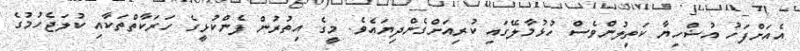
އެއަށްފަހު އުޟްހިޔާ ކަތިލުންވެސް ހުޅުމާލޭގައި ކުރިއަށްގެންދިޔައެވެ. މީގެ އިތުރުން ފެންކުޅީގެ ހަރަކާތްތަކާއި ކުލަޖެހުމުގެ